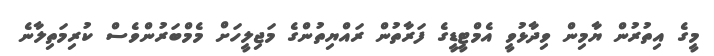
މީގެ އިތުރުން ޔާމިން ވިދާޅުވީ އެމްޓީޑީގެ ފަރާތުން ރައްޔިތުންގެ މަޖިލީހަށް މެމްބަރުންވެސް ކުރިމަތިލާނެ